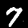
Digit: 7